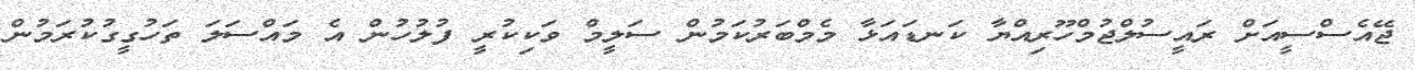
ޖޭއެސްސީއަށް ރައީސުލްޖުމްހޫރިއްޔާ ކަނޑައަޅާ މެމްބަރުކަމުން ސަލީމް ވަކިކުރީ ފުލުހުން އެ މައްސަލަ ތަހުގީގުކުރަމުން